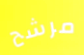
مرشح